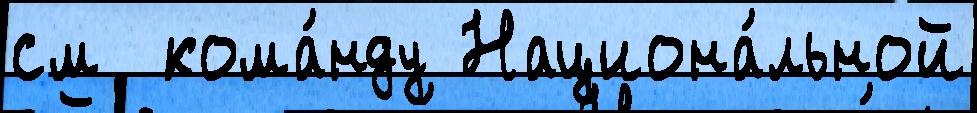
см  кома́нду Национа́льной